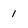
Character: 1